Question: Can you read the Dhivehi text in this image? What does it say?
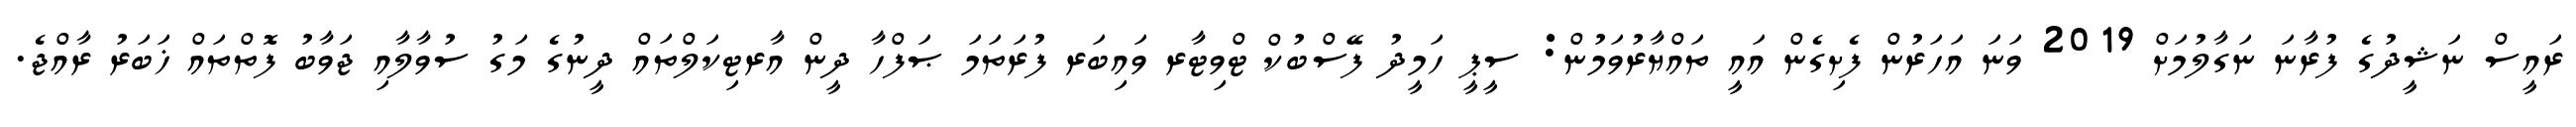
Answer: ރައީސް ނަޝީދުގެ ފުރާނަ ނަގާލުމަށް 2019 ވަނަ އަހަރުން ފެށިގެން އައީ ތައްޔާރުވަމުން: ސީޕީ ހަމީދު ފޭސްބުކް ޓްވިޓާރ ވައިބަރ ފުރަތަމަ ޞަފްހާ ދީން އާރޓިކަލްތައް ދީނުގެ މަގު ސުވާލާއި ޖަވާބު ފޮތްތައް ޚަބަރު ރާއްޖެ.